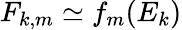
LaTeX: F_{k,m}\simeq f_{m}(E_{k})